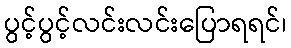
ပွင့်ပွင့်လင်းလင်းပြောရရင်၊